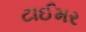
ટાઈમર